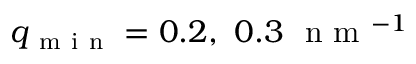
q _ { \mathrm { ~ m ~ i ~ n ~ } } = 0 . 2 , \ 0 . 3 \ \mathrm { ~ n ~ m ~ } ^ { - 1 }